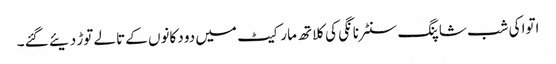
اتوا کی شب شاپنگ سنٹر نانگی کی کلاتھ مارکیٹ میں دو دکانوں کے تالے توڑ دیئے گئے ۔